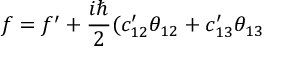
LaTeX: f = f ^ { \prime } + { \frac { i \hbar } { 2 } } ( c _ { 1 2 } ^ { \prime } \theta _ { 1 2 } + c _ { 1 3 } ^ { \prime } \theta _ { 1 3 }